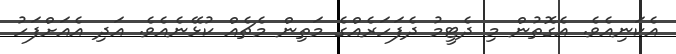
އެކަނިއެވެ. އެގޮތުން މި ދެޓީމު ދެފަހަރެއްގެ މަތިން މެޗެއް ކުޅޭނެއެވެ. އަދި އެއަށްފަހު